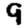
Digit: 9